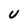
Character: U